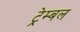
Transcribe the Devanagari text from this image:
ट्रेम्बल